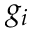
g _ { i }